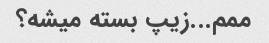
ممم...زیپ بسته میشه؟